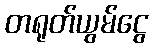
တရုတ်ယွမ်ငွေ